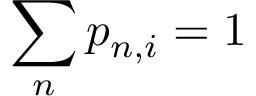
\sum _ { n } p _ { n , i } = 1